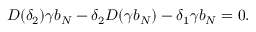
D ( \delta _ { 2 } ) \gamma b _ { N } - \delta _ { 2 } D ( \gamma b _ { N } ) - \delta _ { 1 } \gamma b _ { N } = 0 .